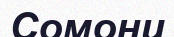
Сомони